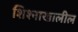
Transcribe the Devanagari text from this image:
शिश्नाखालील